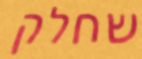
שחלק